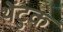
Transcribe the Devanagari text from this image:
थेंटुक